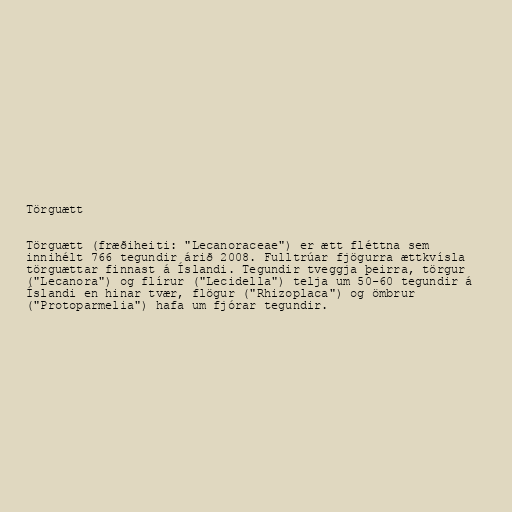
Törguætt

Törguætt (fræðiheiti: "Lecanoraceae") er ætt fléttna sem
innihélt 766 tegundir árið 2008. Fulltrúar fjögurra ættkvísla
törguættar finnast á Íslandi. Tegundir tveggja þeirra, törgur
("Lecanora") og flírur ("Lecidella") telja um 50-60 tegundir á
Íslandi en hinar tvær, flögur ("Rhizoplaca") og ömbrur
("Protoparmelia") hafa um fjórar tegundir.